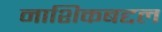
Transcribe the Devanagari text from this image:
नाशिकबद्दल